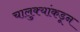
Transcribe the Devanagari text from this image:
चालुक्यांकडून